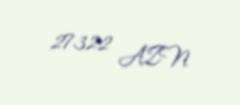
27322 AZN